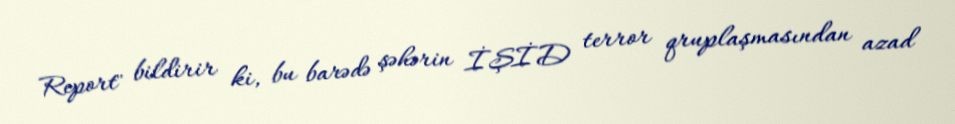
Report" bildirir ki, bu barədə şəhərin İŞİD terror qruplaşmasından azad